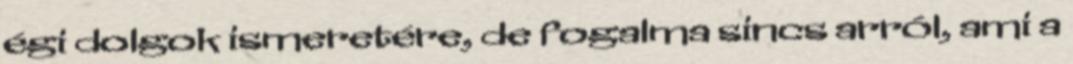
égi dolgok ismeretére, de fogalma sincs arról, ami a